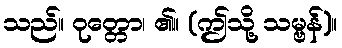
သည်။ ဝုတ္တော၊ ၏။ (ဤသို့ သမ္ဗန်)။